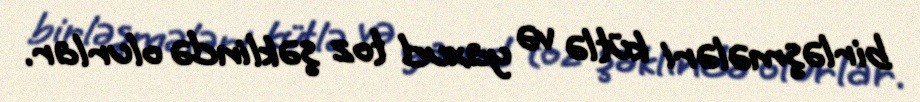
birləşmələri kütlə və yaxud toz şəklində olurlar.